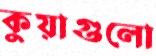
কুয়াগুলো